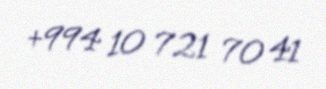
+994 10 721 70 41